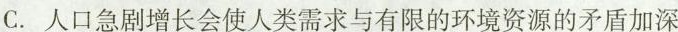
C.人口急剧增长会使人类需求与有限的环境资源的矛盾加深